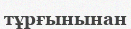
тұрғынынан